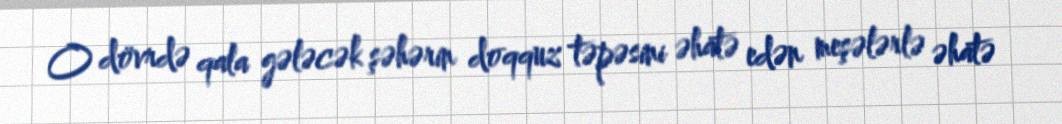
O dövrdə qala gələcək şəhərin doqquz təpəsini əhatə edən meşələrlə əhatə